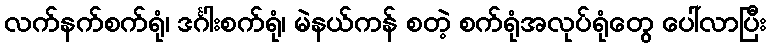
လက်နက်စက်ရုံ၊ ဒင်္ဂါးစက်ရုံ၊ မဲနယ်ကန် စတဲ့ စက်ရုံအလုပ်ရုံတွေ ပေါ်လာပြီး